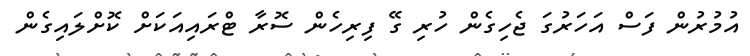
އުމުރުން ފަސް އަހަރުގަ ޖެހިގެން ހުރި ގޭ ފިރިހެން ސޮރާ ޓްރައިއަކަށް ކޮށްލައިގެން